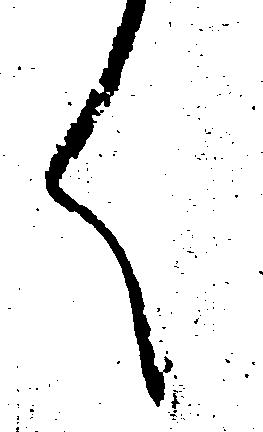
く